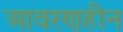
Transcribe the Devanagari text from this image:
आवरणहीन